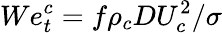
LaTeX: We_{t}^{c}=f\rho_{c}DU_{c}^{2}/\sigma